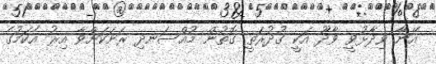
އޭނާ ވިދާޅުވީ ވާދޫ އަކީ ގުދުރަތީ ގޮތުން މުއްސަނދި ރަށަކަށްވާ އިރު އެކަމުގެ